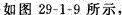
如图29-1-9所示，